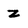
Character: Z